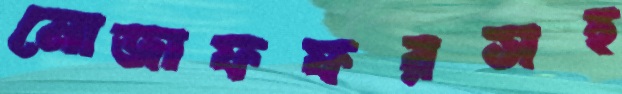
মোজাফফরসহ